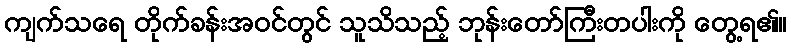
ကျက်သရေ တိုက်ခန်းအဝင်တွင် သူသိသည့် ဘုန်းတော်ကြီးတပါးကို တွေ့ရ၏။